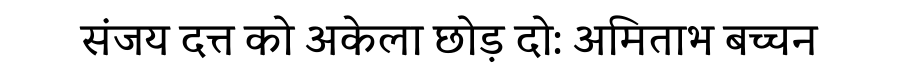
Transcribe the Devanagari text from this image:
संजय दत्त को अकेला छोड़ दो: अमिताभ बच्चन